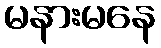
မနားမနေ